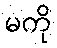
မကို